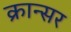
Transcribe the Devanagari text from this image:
क्रान्सर